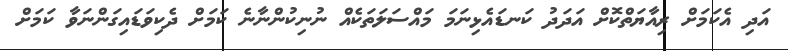
އަދި އެކަމަށް ރިއާޔަތްކޮށް އަދަދު ކަނޑައެޅިނަމަ މައްސަލަތަކެއް ނުނިކުންނާނެ ކަމަށް ދެކިވަޑައިގަންނަވާ ކަމަށް